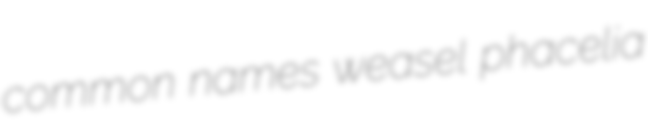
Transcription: common names weasel phacelia